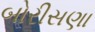
બોરીસણા